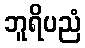
ဘူရိပညံ